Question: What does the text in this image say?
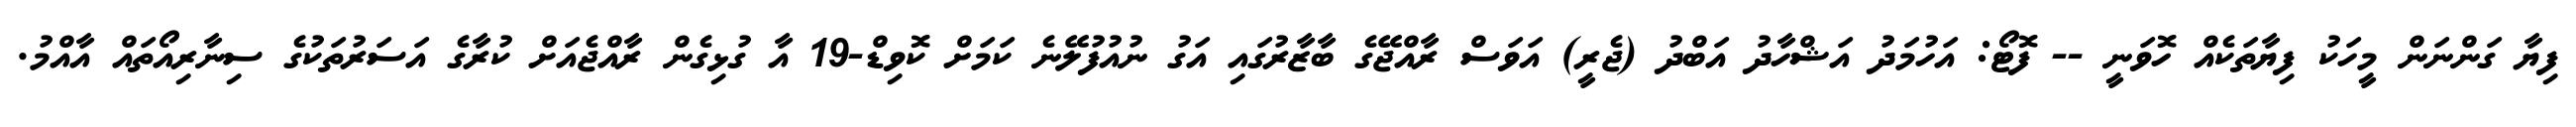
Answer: ފިޔާ ގަންނަން މީހަކު ފިޔާތަކެއް ހޮވަނީ -- ފޮޓޯ: އަހުމަދު އަޝްހާދު އަބްދު (ޖެރީ) އަވަސް ރާއްޖޭގެ ބާޒާރުގައި އަގު ނުއުފުލޭނެ ކަމަށް ކޮވިޑް-19 އާ ގުޅިގެން ރާއްޖެއަށް ކުރާގެ އަސަރުތަކުގެ ސިނާރިއޯތައް އާއްމު.